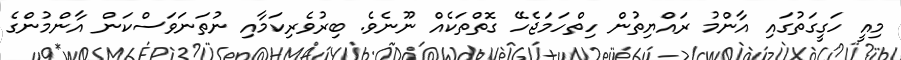
މިއީ ހަގީގަތުގައި އާންމު ރައްޔިތުން ހިތްހަމަޖެހޭ ގޮތްތަކެއް ނޫނެވެ. ބިރުވެެރިކަމާއި ނުތަނަވަސްކަން އާންމުންގެ